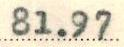
81.97